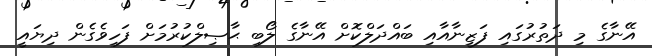
އޭނާގެ މި ދަތުރުގައި ފަޒީނާއާއި ބައްދަލްކޮށް އޭނާގެ ލޯބި ޙާޞިލްކުރުމަށް ފަހިވެގެން ދިޔައީ